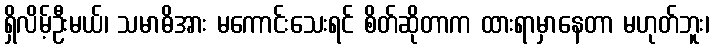
ရှိလိမ့်ဦးမယ်၊ သမာဓိအား မကောင်းသေးရင် စိတ်ဆိုတာက ထားရာမှာနေတာ မဟုတ်ဘူး၊